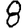
Digit: 8